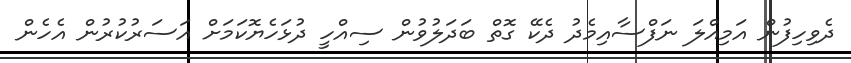
ދެވިހިފުން އަމިއްލަ ނަފްސާއިމެދު ދެކޭ ގޮތް ބަދަލުވުން ސިއްހީ ދުޅަހެޔޮކަމަށް އަސަރުކުރުން އެހެން